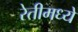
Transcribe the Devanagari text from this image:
रेतीमध्ये